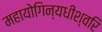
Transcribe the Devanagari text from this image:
महायोगिन्यधीश्वरि